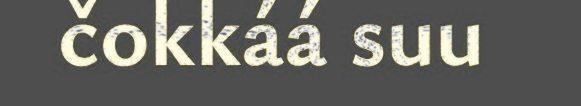
čokkáá suu